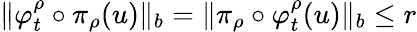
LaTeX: \Vert\varphi_{t}^{\rho}\circ\pi_{\rho}(u)\Vert_{b}=\Vert\pi_{\rho}\circ\varphi_{t}^{\rho}(u)\Vert_{b}\leq r